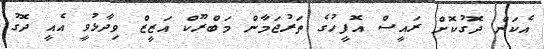
އެކަން ދޮގުކޮށް ރައީސް އޮފީހުގެ ތަރުޖަމާން މަބްރޫކް އަޒީޒް ވިދާޅުވީ އެއީ ދޮގު